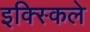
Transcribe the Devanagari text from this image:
इक्स्किले